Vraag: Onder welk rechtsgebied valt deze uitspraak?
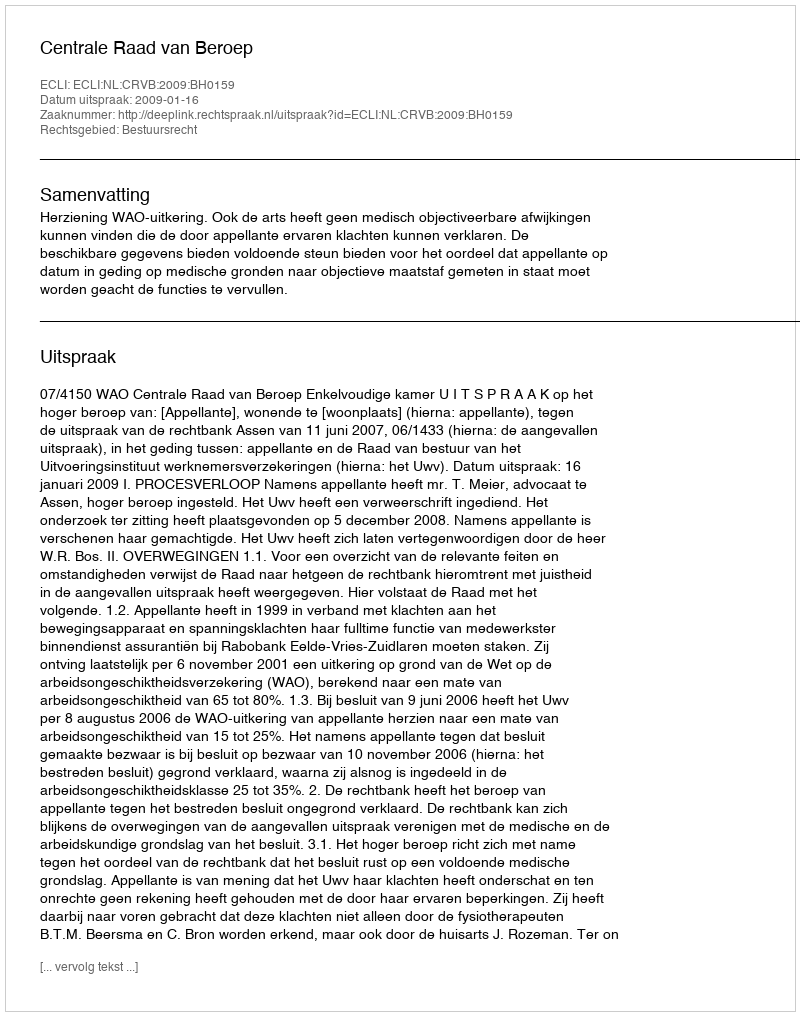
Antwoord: Bestuursrecht